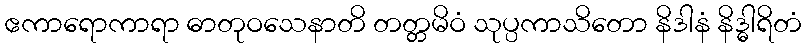
ဧကာရောကာရာ ဓာတုဝသေနာတိ တတ္တမိဝံ သုပ္ပကာသိတော နိဒါနံ နိဒ္ဓါရိတံ